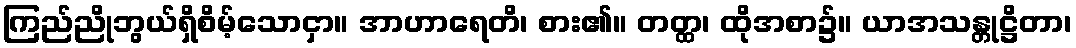
ကြည်ညိုဘွယ်ရှိစိမ့်သောငှာ။ အာဟာရေတိ၊ စား၏။ တတ္ထ၊ ထိုအစာ၌။ ယာအသန္တုဋ္ဌိတာ၊